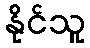
နိုင်သူ